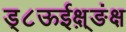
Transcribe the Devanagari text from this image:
ड्८ऊईक्ष़्ङंक्ष